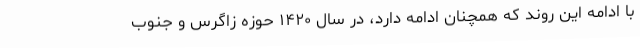
با ادامه این روند که همچنان ادامه دارد، در سال ۱۴۲۰ حوزه زاگرس و جنوب